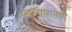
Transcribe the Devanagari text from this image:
प्रकराणातही